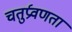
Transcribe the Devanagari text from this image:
चतुर्प्रवणता